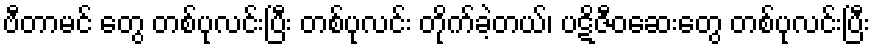
ဗီတာမင် တွေ တစ်ပုလင်းပြီး တစ်ပုလင်း တိုက်ခဲ့တယ်၊ ပဋိဇီဝဆေးတွေ တစ်ပုလင်းပြီး